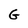
Character: G